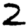
Digit: 2